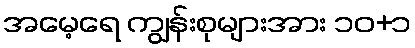
အမေ့ရေ ကျွန်းစုများအား ၁၀+၁